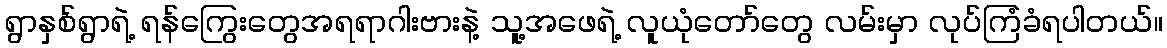
ရွာနှစ်ရွာရဲ့ ရန်ကြွေးတွေအရရာဂါးဗားနဲ့ သူ့အဖေရဲ့ လူယုံတော်တွေ လမ်းမှာ လုပ်ကြံခံရပါတယ်။